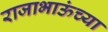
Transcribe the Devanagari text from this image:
राजाभाऊंच्या